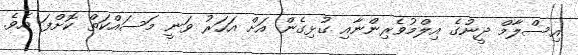
އިސްލާމް ދީނުގެ އިލްމުވެރިންނާއި ގުޅިގެން އަށް އަހަރު ވަނީ މަސައްކަތް ކޮށްފަ އެވެ.